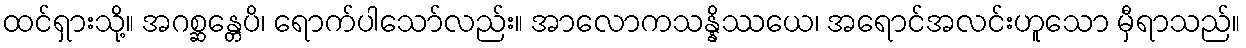
ထင်ရှားသို့။ အဂစ္ဆန္တေပိ၊ ရောက်ပါသော်လည်း။ အာလောကသန္နိဿယေ၊ အရောင်အလင်းဟူသော မှီရာသည်။